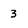
Character: 3